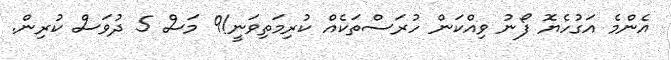
އެންމެ އަގުހެޔޮ ފޯނު ވިއްކަން ހުރަސްތަކެއް ކުރިމަތިވަނީ!9 މަސް 5 ދުވަސް ކުރިން.